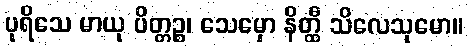
ပုရိသေ မာယု ပိတ္တဉ္စ၊ သေမှော နိတ္ထီ သိလေသုမော။